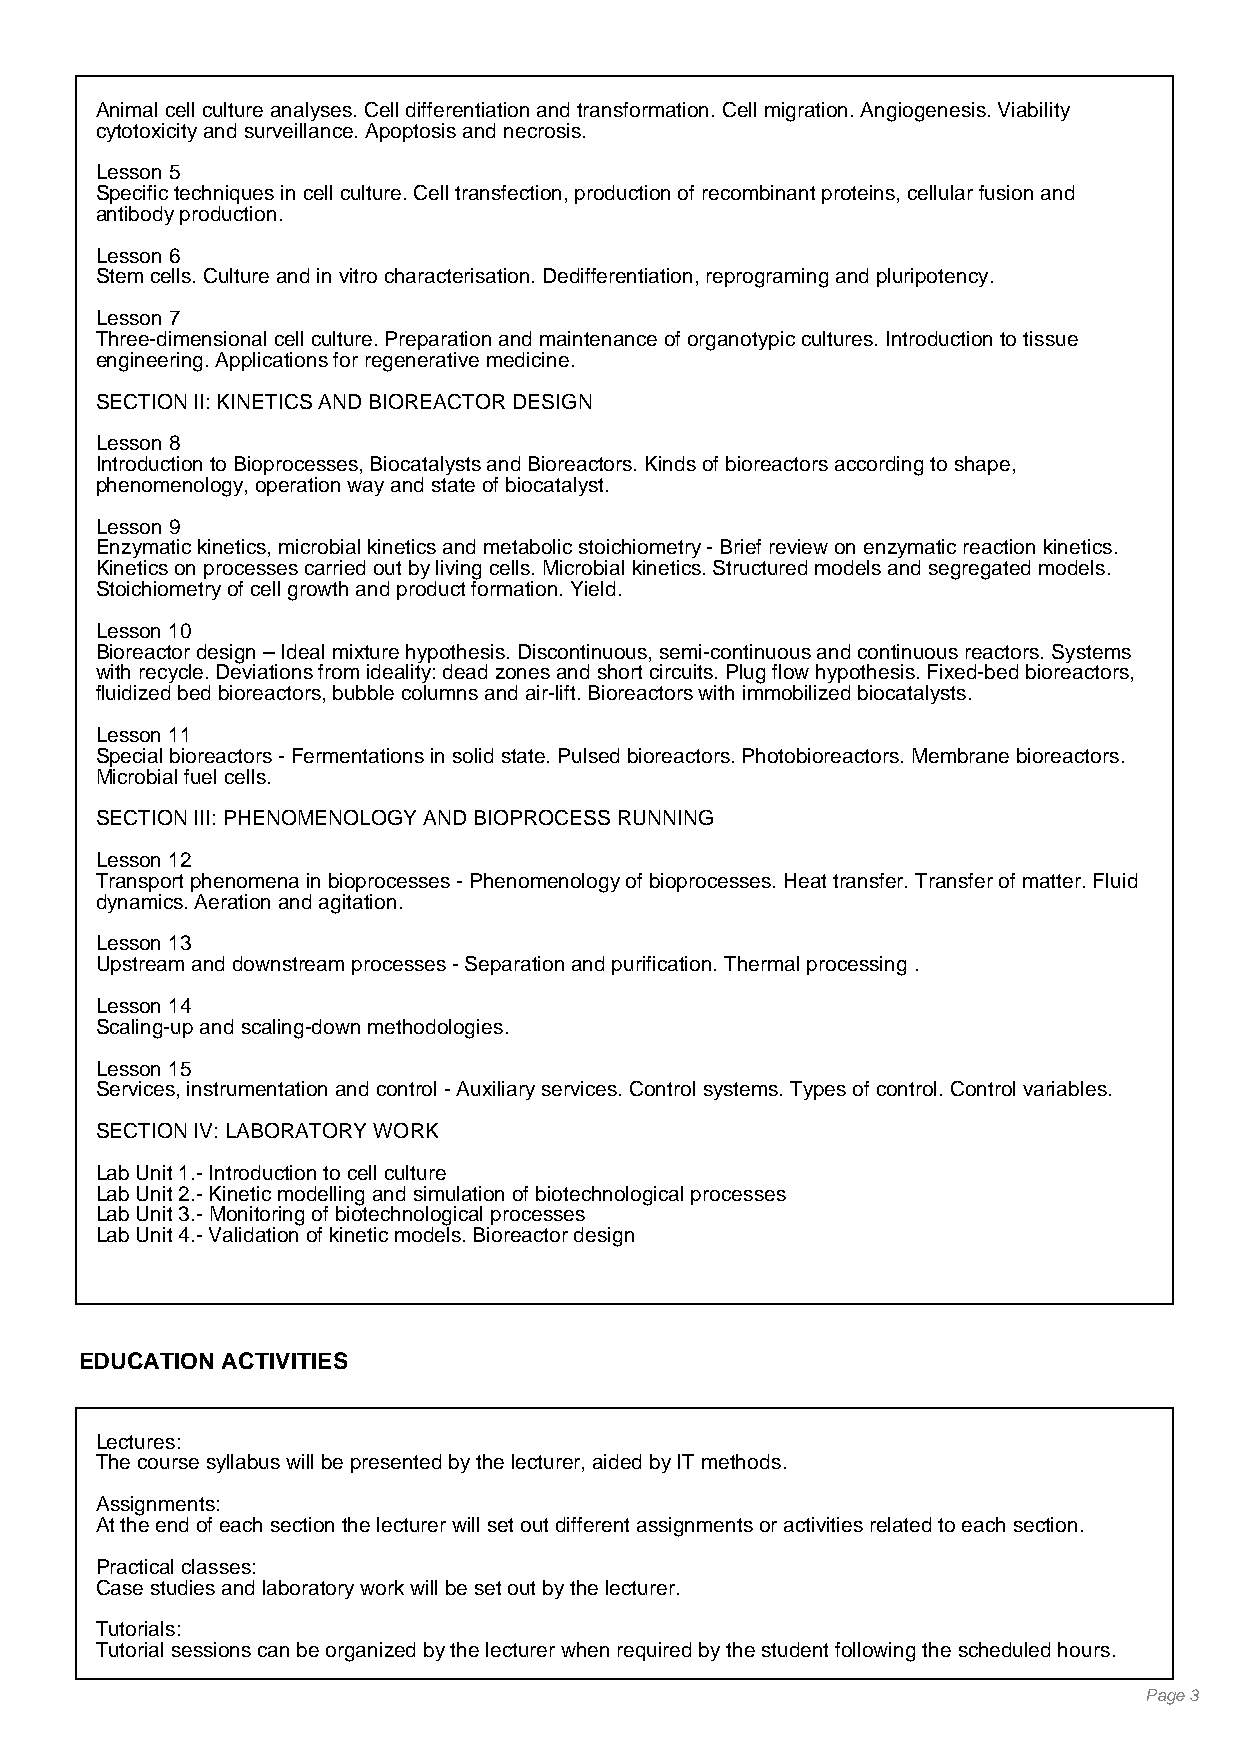
Animal cell culture analyses. Cell differentiation and transformation. Cell migration. Angiogenesis. Viability
 cytotoxicity and surveillance. Apoptosis and necrosis.
 Lesson 5
 Specific techniques in cell culture. Cell transfection, production of recombinant proteins, cellular fusion and
 antibody production.
 Lesson 6
 Stem cells. Culture and in vitro characterisation. Dedifferentiation, reprograming and pluripotency.
 Lesson 7
 Three-dimensional cell culture. Preparation and maintenance of organotypic cultures. Introduction to tissue
 engineering. Applications for regenerative medicine.
 SECTION II: KINETICS AND BIOREACTOR DESIGN
 Lesson 8
 Introduction to Bioprocesses, Biocatalysts and Bioreactors. Kinds of bioreactors according to shape,
 phenomenology, operation way and state of biocatalyst.
 Lesson 9
 Enzymatic kinetics, microbial kinetics and metabolic stoichiometry - Brief review on enzymatic reaction kinetics.
 Kinetics on processes carried out by living cells. Microbial kinetics. Structured models and segregated models.
 Stoichiometry of cell growth and product formation. Yield.
 Lesson 10
 Bioreactor design – Ideal mixture hypothesis. Discontinuous, semi-continuous and continuous reactors. Systems
 with recycle. Deviations from ideality: dead zones and short circuits. Plug flow hypothesis. Fixed-bed bioreactors,
 fluidized bed bioreactors, bubble columns and air-lift. Bioreactors with immobilized biocatalysts.
 Lesson 11
 Special bioreactors - Fermentations in solid state. Pulsed bioreactors. Photobioreactors. Membrane bioreactors.
 Microbial fuel cells.
 SECTION III: PHENOMENOLOGY AND BIOPROCESS RUNNING
 Lesson 12
 Transport phenomena in bioprocesses - Phenomenology of bioprocesses. Heat transfer. Transfer of matter. Fluid
 dynamics. Aeration and agitation.
 Lesson 13
 Upstream and downstream processes - Separation and purification. Thermal processing .
 Lesson 14
 Scaling-up and scaling-down methodologies.
 Lesson 15
 Services, instrumentation and control - Auxiliary services. Control systems. Types of control. Control variables.
 SECTION IV: LABORATORY WORK
 Lab Unit 1.- Introduction to cell culture
 Lab Unit 2.- Kinetic modelling and simulation of biotechnological processes
 Lab Unit 3.- Monitoring of biotechnological processes
 Lab Unit 4.- Validation of kinetic models. Bioreactor design
 EDUCATION ACTIVITIES
 Lectures:
 The course syllabus will be presented by the lecturer, aided by IT methods.
 Assignments:
 At the end of each section the lecturer will set out different assignments or activities related to each section.
 Practical classes:
 Case studies and laboratory work will be set out by the lecturer.
 Tutorials:
 Tutorial sessions can be organized by the lecturer when required by the student following the scheduled hours.
 Page 3